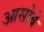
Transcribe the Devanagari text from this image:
आसोबे